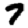
Digit: 7